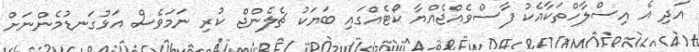
އަދި އެ އިސްލާހްތަކާއެކު ފާސްވެއްޖެއްޔާ ކޯޓެއްގައި ބަޔަކު ޗެލެންޖް ކުރި ނަމަވެސް އަޅުގަނޑުމެންނަށް